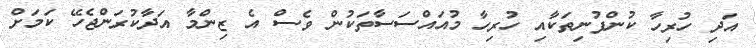
އަދި ހުރިހާ ކުންފުނިތަކާއި ހުރިހާ މުއައްސަސާތަކުން ވެސް އެ ޒިންމާ އަދާކުރަންޖެހޭ ކަމަށް